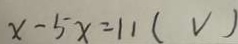
x - 5 x = 1 1 ( V )